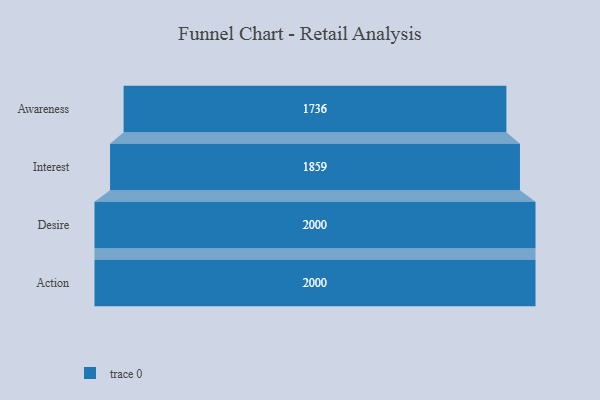
{"axis": {"x": "Stage", "y": "Value"}, "legend": [""], "data": [{"x": "Awareness", "y": 1736.0, "type": ""}, {"x": "Interest", "y": 1859.0, "type": ""}, {"x": "Desire", "y": 2000, "type": ""}, {"x": "Action", "y": 2000, "type": ""}]}